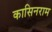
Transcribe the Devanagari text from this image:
कासिनराम